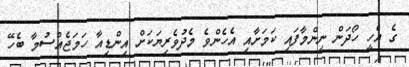
ގެ އެހީ ހޯދަން ނިންމާފައި ކަމަށާއި އެހެންވެ މެދުވެރިޔަކަށް އިންޑިއާ ހަމަޖެއްސުމާ ބެހޭ